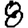
Digit: 8